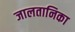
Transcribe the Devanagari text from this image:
जालतानिका